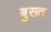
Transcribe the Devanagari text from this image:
बुख्त